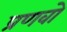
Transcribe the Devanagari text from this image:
प्रणवो